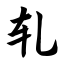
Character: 轧